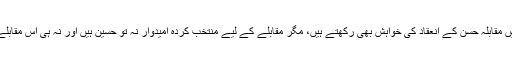
فائر بریگیڈ کے اہل کار تقریب میں مقابلۂ حُسن کے انعقاد کی خواہش بھی رکھتے ہیں، مگر مقابلے کے لیے منتخب کردہ امیدوار نہ تو حسین ہیں اور نہ ہی اس مقابلے میں کوئی دِل چسپی رکھتے ہیں۔